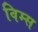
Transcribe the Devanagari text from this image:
विम्स